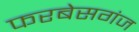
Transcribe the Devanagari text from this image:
फरबेसगंज